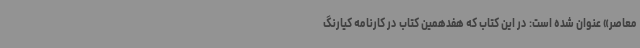
معاصر» عنوان شده است: در این کتاب که هفدهمین کتاب در کارنامه کیارنگ